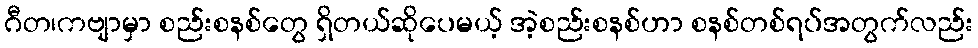
ဂီတ၊ကဗျာမှာ စည်းစနစ်တွေ ရှိတယ်ဆိုပေမယ့် အဲ့စည်းစနစ်ဟာ စနစ်တစ်ရပ်အတွက်လည်း